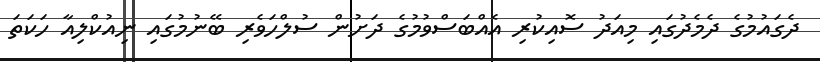
ދެގައުމުގެ ދެމެދުގައި މިއަދު ސޮއިކުރި އެއްބަސްވުމުގެ ދަށުން ސުލްހަވެރި ބޭނުމުގައި ނިއުކްލިއާ ހަކަތަ